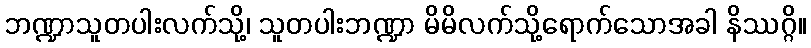
ဘဏ္ဍာသူတပါးလက်သို့၊ သူတပါးဘဏ္ဍာ မိမိလက်သို့ရောက်သောအခါ နိဿဂ္ဂိ။